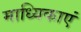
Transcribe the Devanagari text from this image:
माध्यिकाएं